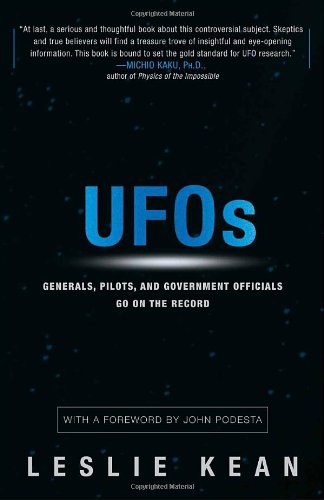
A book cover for UFOs: Generals, Pilots, and Government Officials Go on the Record; Leslie Kean; Science & Math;